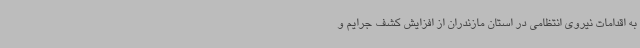
به اقدامات نیروی انتظامی در استان مازندران از افزایش کشف جرایم و